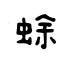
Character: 蜍